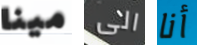
مينا الى أنا